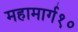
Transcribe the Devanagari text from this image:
महामार्ग१०